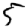
Digit: 5